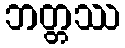
ဘတ္တဿ